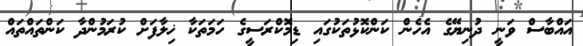
އައްބާސް ވަނީ ދުނިޔޭގެ އެހެން ކަންކޮޅުތަކުގައި ޑިމޮކްރަސީގެ ހަމަތަކާ ޚިލާފަށް ކުރަމުންދާ ކަންތައްތައް